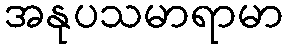
အနုပသမာရာမာ